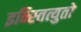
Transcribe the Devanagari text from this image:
इन्स्तित्युतो